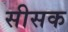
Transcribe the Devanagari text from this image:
सीसक